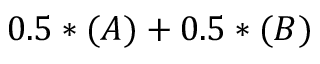
0 . 5 * ( A ) + 0 . 5 * ( B )